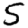
Digit: 5